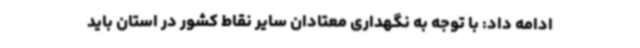
ادامه داد: با توجه به نگهداری معتادان سایر نقاط کشور در استان باید